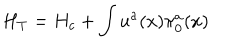
LaTeX: H _ { T } = H _ { c } + \int u ^ { a } ( x ) \pi _ { 0 } ^ { a } ( x )